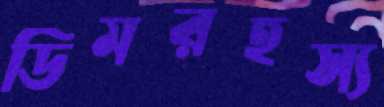
ডিমরহস্য